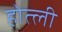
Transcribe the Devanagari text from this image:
होत्ली